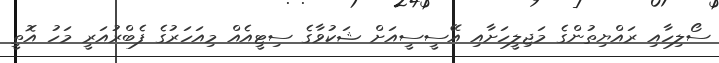
ސޯލިހާއި ރައްޔިތުންގެ މަޖިލީހަށާއި އޭސީސީއަށް ޝަކުވާގެ ސިޓީއެއް މިއަހަރުގެ ފެބްރުއަރީ މަހު އޮތީ